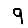
Digit: 9